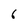
Character: 6